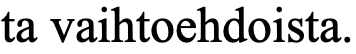
ta vaihtoehdoista.